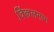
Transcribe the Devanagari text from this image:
विंकलमान